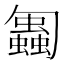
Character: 𠤋